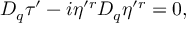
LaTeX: D _ { q } \tau ^ { \prime } - i \eta ^ { \prime r } D _ { q } \eta ^ { \prime r } = 0 ,